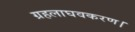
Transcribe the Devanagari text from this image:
ग्रहलाघवकरण।